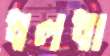
ধলধা